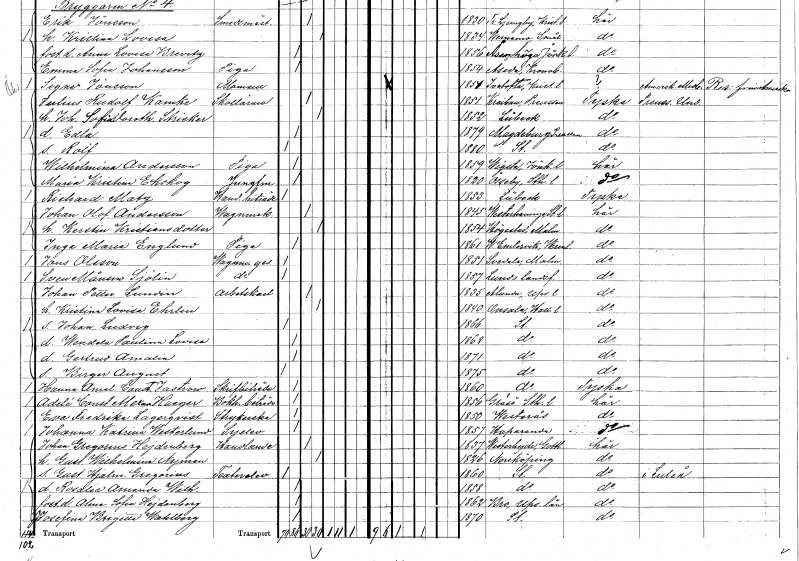
gt_parse: households: individuals: FN: Richard
EN: Matz
YRKE: Handelsbiträde
KON: M
CIV: O
FODAR: 1853
FN: Johan Olof
EN: Andersson
YRKE: Vagnmakare
KON: M
CIV: G
FODAR: 1845
FODFORS: Västerhaninge Stockholms län
FN: Kerstin
EN: Kristiansdotter
KON: K
CIV: G
FODAR: 1854
FODFORS: Högestad Malmöhus län
FN: Inga Maria
EN: Englund
YRKE: Piga
KON: K
CIV: O
FODAR: 1861
FODFORS: Västra Ämtervik Värmlands län
FN: Jöns
EN: Olsson
YRKE: Vagnmakaregesäll
KON: M
CIV: O
FODAR: 1851
FODFORS: Svedala Malmöhus län
FN: Sven
EN: Månson Sjölin
YRKE: Vagnmakaregesäll
KON: M
CIV: O
FODAR: 1857
FODFORS: Lunds landsförsamling Malmöhus län
FN: Johan Petter
EN: Lundin
YRKE: Arbetskarl
KON: M
CIV: G
FODAR: 1835
FODFORS: Alunda Uppsala län
FN: Kristina Lovisa
EN: Ehrlin
KON: K
CIV: G
FODAR: 1840
FODFORS: Onsala Hallands län
FN: Johan Ludvig
KON: M
CIV: O
FODAR: 1866
FODFORS: Stockholm
FN: Wendela Paulina Lovisa
KON: K
CIV: O
FODAR: 1868
FODFORS: Stockholm
FN: Gertrud Amalia
KON: K
CIV: O
FODAR: 1871
FODFORS: Stockholm
FN: Birger August
KON: M
CIV: O
FODAR: 1875
FODFORS: Stockholm
FN: Hanna Amalia Constantia
EN: Jastrow
YRKE: Skrivbiträde
KON: K
CIV: O
FODAR: 1860
FODFORS: Stockholm
FN: Adelé Constance Alexandra
EN: Haeger
YRKE: Bokhållarebiträde
KON: K
CIV: O
FODAR: 1856
FODFORS: Gräsö Uppsala län
FN: Eva Fredrika
EN: Lagerqvist
YRKE: Strykerska
KON: K
CIV: O
FODAR: 1850
FODFORS: Västerås Västmanlands län
FN: Johanna Katrina
EN: Westerlund
YRKE: Syelev
KON: K
CIV: O
FODAR: 1857
FODFORS: Haparanda Norrbottens län
FN: Johan Gregorius
EN: Hejdenberg
YRKE: Handlande
KON: M
CIV: G
FODAR: 1837
FODFORS: Västerhejde Gotlands län
FN: Gustafva Wilhelmina
EN: Nyman
KON: K
CIV: G
FODAR: 1826
FODFORS: Norrköping Östergötlands län
FN: Gustaf Hjalmar Gregorius
YRKE: Teaterelev
KON: M
CIV: O
FODAR: 1860
FODFORS: Stockholm
FN: Rosalie Amanda Wilhelmina
KON: K
CIV: O
FODAR: 1858
FODFORS: Stockholm
FN: Alma Sofia
EN: Hejdenberg
KON: K
CIV: O
FODAR: 1862
FODFORS: Bro Stockholms län
FN: Josefina Brigitta
EN: Wahlberg
KON: K
CIV: O
FODAR: 1870
FODFORS: Stockholm